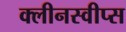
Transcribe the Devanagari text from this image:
क्लीनस्वीप्स